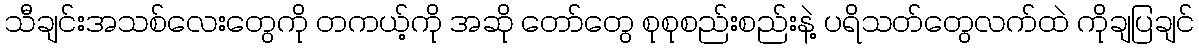
သီချင်းအသစ်လေးတွေကို တကယ့်ကို အဆို တော်တွေ စုစုစည်းစည်းနဲ့ ပရိသတ်တွေလက်ထဲ ကိုချပြချင်